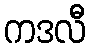
ကဒလီ